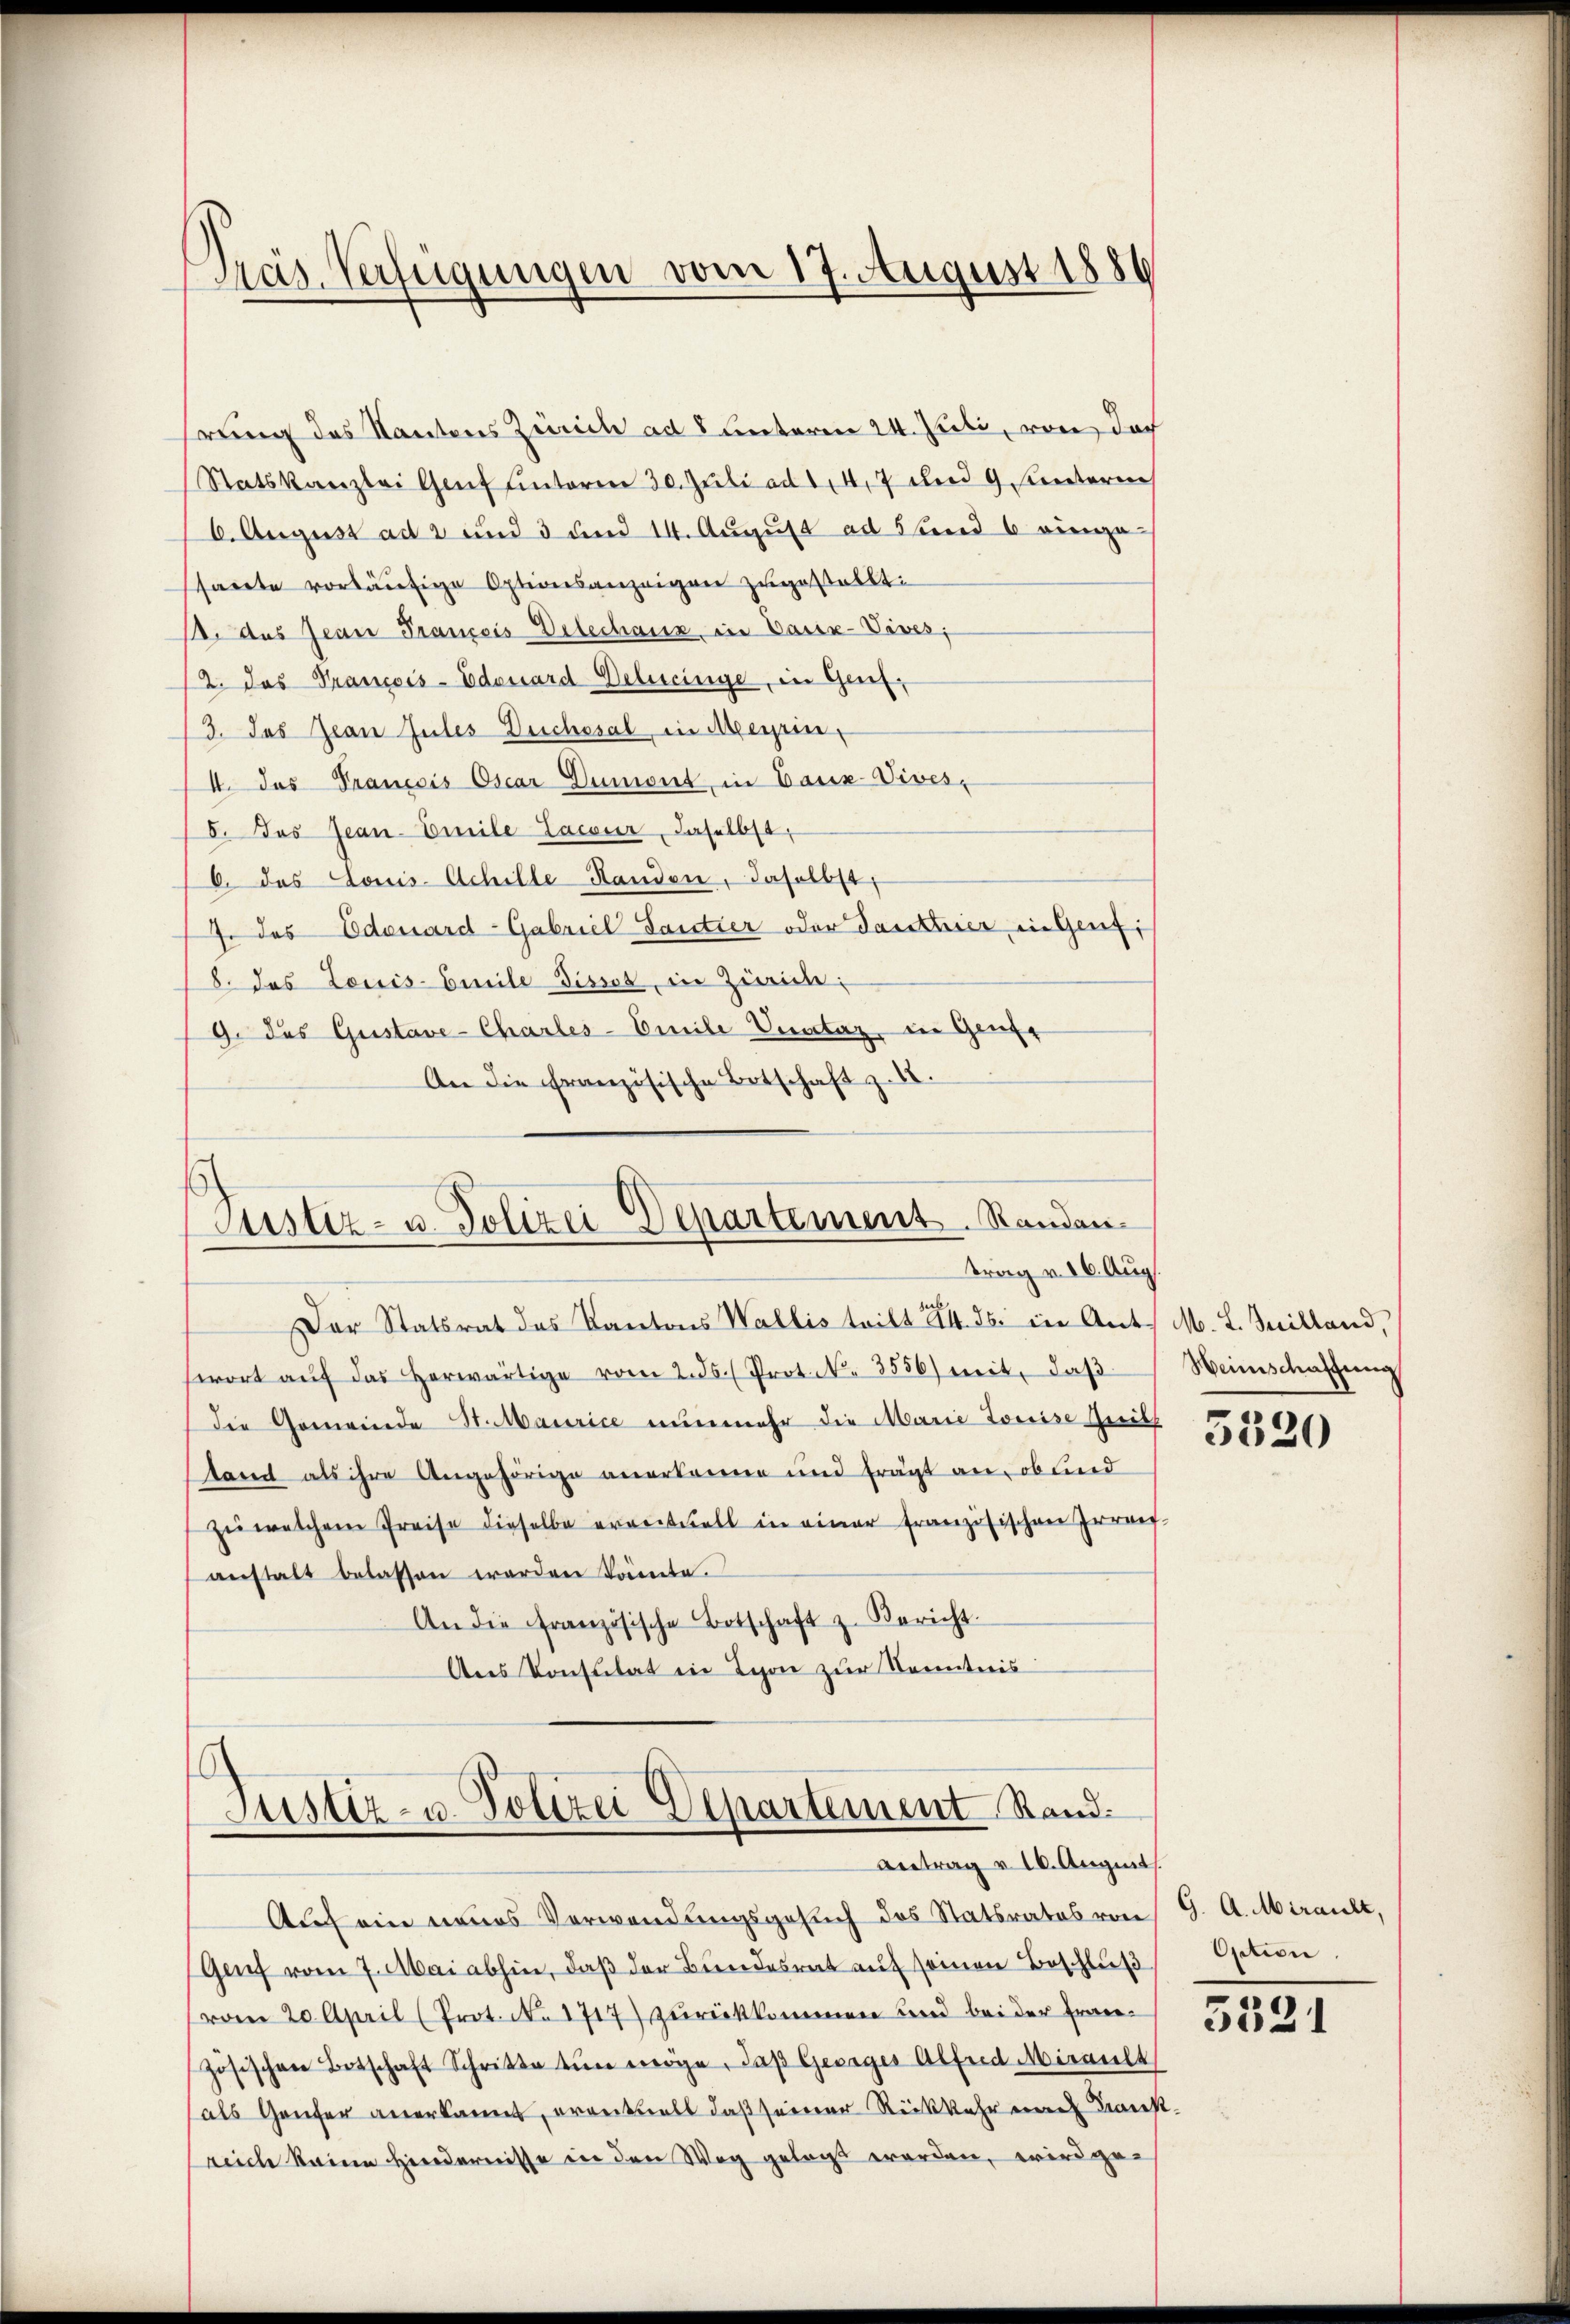
Präs. Verfügungen vom 17. August 1886

rung des Kantons Zürich ad 8 unterm 24. Juli, von doch
Statskanzlei Genf unterm 30. Juli ad 147 und 9. unteren
6. August ad 2 und 3 und 14. August ad 5 und 6 einge
sharrte vorläŭfige Optionsanzeigen zugestellt:
s. aus Jean Franzeis Dilechanz in Cassa-Vives;
2. Das Prancois-Edossard Detecinge, in Gent¬
/3. das Jean Gutes Durchssal in Merin,
I. das Trancois Oscar Dumont, in Bauz-Vives,
8. Das Jean Emile Lacour, daselbst,
6. das Louis-Achille Handen, Inselbst,
7. das Edenard-Gabriel Santier oder Santhier in Genf,
8. Das Louis-Emile dissos in Zürich:
9. das Gustave-Charles-Emile Vertag in Genfe
An die Französische Botschaft z.

Justiz- u. Polizei Departement. Randan
trag v. 26. Aug.

f
Justiz- u. Polizei Departement Stand.
Antrag v. 10. August

Der Statsrat des Kantons Wallis tritt 24. ds. in Ant. M. L. Juilland,
swort aŭf das herwärtige vom 2. ds. Prot. N. 3556) ereit, daβ
die Gemeinde St. Maurice nunmehr die Marie Louise Quitt
stand als ihre Angehörige anerkenne und frägt an, oblind
zŭ welchem Preise dieselbe erweit all in einer französischen Irren-
anstalt belassen werden könnte.
An die Französische Botschaft z. Bericht.
Ans Konsulat in Lyon zur Kenntnis

Auf ein neues Verwendungsgesuch des Statsrates von G. A. Mirault,
Genf vom 7. Mai abhin, daß der Bundesrat auf seinen Beschluß
vom 20. April (Prot. No 1717) zurückkommen und bei der Französischen Botschaft Schritte tun möge, daß Gesiger Alfred Misault
als Genfer anerkannt, erantzelt daß seiner Rückkehr eine Frank
reich keine Hindernisse in den Weg gelegt worden, wird ge-

Weinschaffung

5320

Orisie

5521